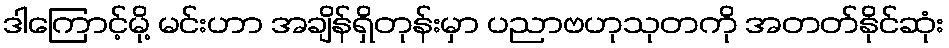
ဒါကြောင့်မို့ မင်းဟာ အချိန်ရှိတုန်းမှာ ပညာဗဟုသုတကို အတတ်နိုင်ဆုံး